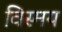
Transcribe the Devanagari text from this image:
विस्‍मय